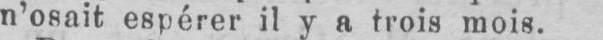
n’osait espérer il y a trois mois.